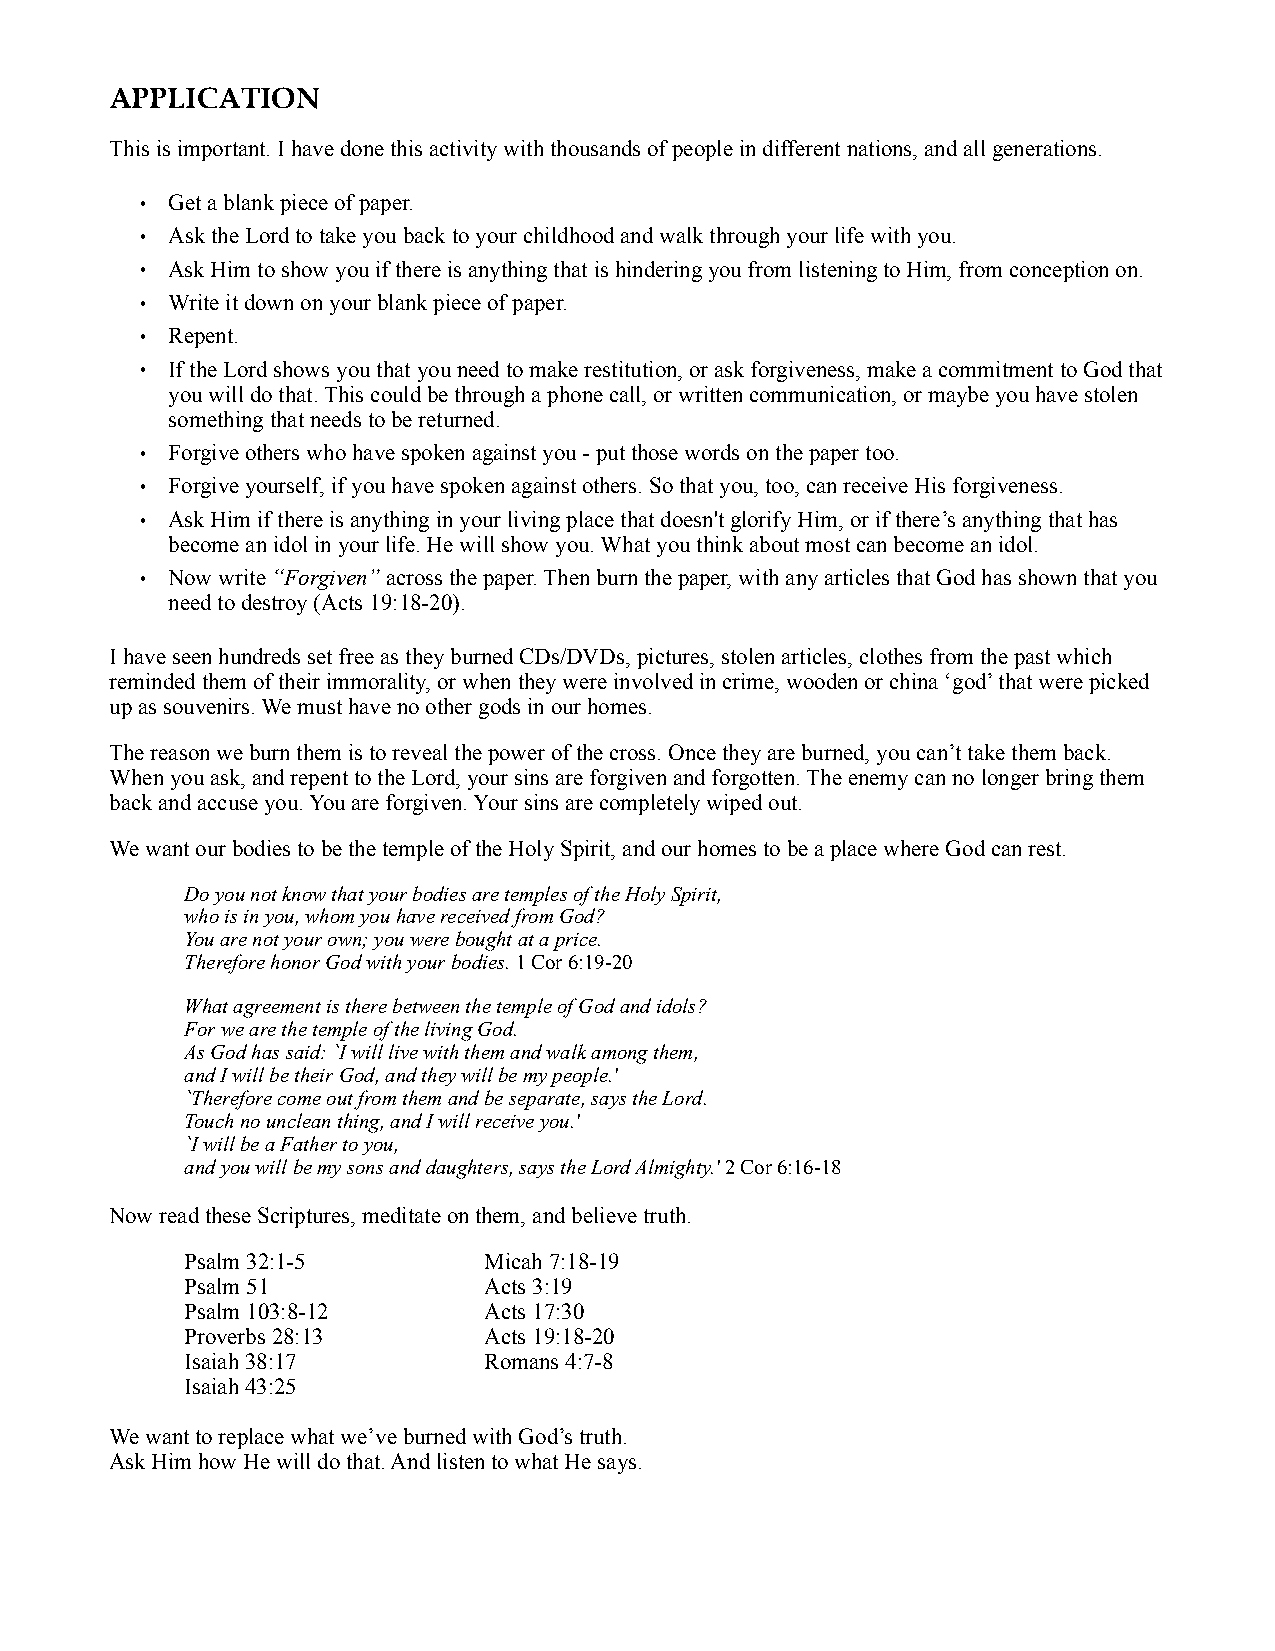
APPLICATION
 This is important. I have done this activity with thousands of people in different nations, and all generations.
 • Get a blank piece of paper.
 • Ask the Lord to take you back to your childhood and walk through your life with you.
 • Ask Him to show you if there is anything that is hindering you from listening to Him, from conception on.
 • Write it down on your blank piece of paper.
 • Repent.
 • If the Lord shows you that you need to make restitution, or ask forgiveness, make a commitment to God that
 you will do that. This could be through a phone call, or written communication, or maybe you have stolen
 something that needs to be returned.
 • Forgive others who have spoken against you - put those words on the paper too.
 • Forgive yourself, if you have spoken against others. So that you, too, can receive His forgiveness.
 • Ask Him if there is anything in your living place that doesn't glorify Him, or if there’s anything that has
 become an idol in your life. He will show you. What you think about most can become an idol.
 • Now write “Forgiven” across the paper. Then burn the paper, with any articles that God has shown that you
 need to destroy (Acts 19:18-20).
 I have seen hundreds set free as they burned CDs/DVDs, pictures, stolen articles, clothes from the past which
 reminded them of their immorality, or when they were involved in crime, wooden or china ‘god’ that were picked
 up as souvenirs. We must have no other gods in our homes.
 The reason we burn them is to reveal the power of the cross. Once they are burned, you can’t take them back.
 When you ask, and repent to the Lord, your sins are forgiven and forgotten. The enemy can no longer bring them
 back and accuse you. You are forgiven. Your sins are completely wiped out.
 We want our bodies to be the temple of the Holy Spirit, and our homes to be a place where God can rest.
 Do you not know that your bodies are temples of the Holy Spirit,
 who is in you, whom you have received from God?
 You are not your own; you were bought at a price.
 Therefore honor God with your bodies. 1 Cor 6:19-20
 What agreement is there between the temple of God and idols?
 For we are the temple of the living God.
 As God has said: `I will live with them and walk among them,
 and I will be their God, and they will be my people.'
 `Therefore come out from them and be separate, says the Lord.
 Touch no unclean thing, and I will receive you.'
 `I will be a Father to you,
 and you will be my sons and daughters, says the Lord Almighty.' 2 Cor 6:16-18
 Now read these Scriptures, meditate on them, and believe truth.
 Psalm 32:1-5        Micah 7:18-19
 Psalm 51            Acts 3:19
 Psalm 103:8-12      Acts 17:30
 Proverbs 28:13      Acts 19:18-20
 Isaiah 38:17        Romans 4:7-8
 Isaiah 43:25
 We want to replace what we’ve burned with God’s truth.
 Ask Him how He will do that. And listen to what He says.